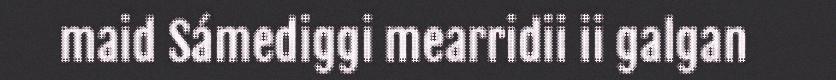
maid Sámediggi mearridii ii galgan